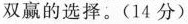
双赢的选择。(14分)